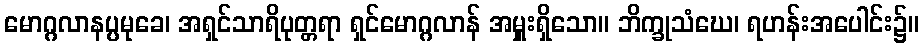
မောဂ္ဂလာနပ္ပမုခေ၊ အရှင်သာရိပုတ္တရာ ရှင်မောဂ္ဂလာန် အမှူးရှိသော။ ဘိက္ခုသံဃေ၊ ရဟန်းအပေါင်း၌။